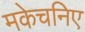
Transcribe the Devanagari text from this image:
मकेचनिए